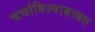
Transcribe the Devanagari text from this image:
चर्चाविश्वाबाबत